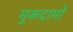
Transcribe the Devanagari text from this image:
मुकदामों